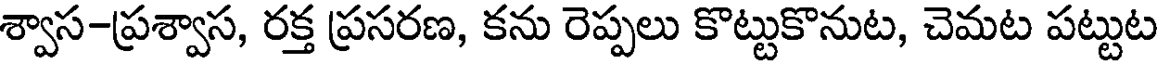
శ్వాస-ప్రశ్వాస, రక్త ప్రసరణ, కను రెప్పలు కొట్టుకొనుట, చెమట పట్టుట